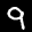
Label: 9